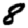
Digit: 8